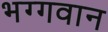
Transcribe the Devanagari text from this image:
भग्गवान